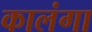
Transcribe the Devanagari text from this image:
कालंगा